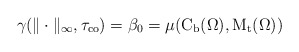
\begin{align*} \gamma(\|\cdot\|_{\infty},\tau_{\operatorname{co}})=\beta_{0}=\mu(\mathrm{C}_{\operatorname{b}}(\Omega),\mathrm{M}_{\operatorname{t}}(\Omega))\end{align*}